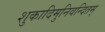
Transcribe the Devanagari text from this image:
शुकादिमुनिवन्दितम्